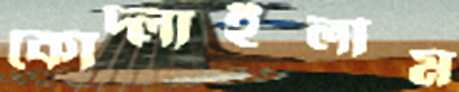
কোদ্‌লাইলাম